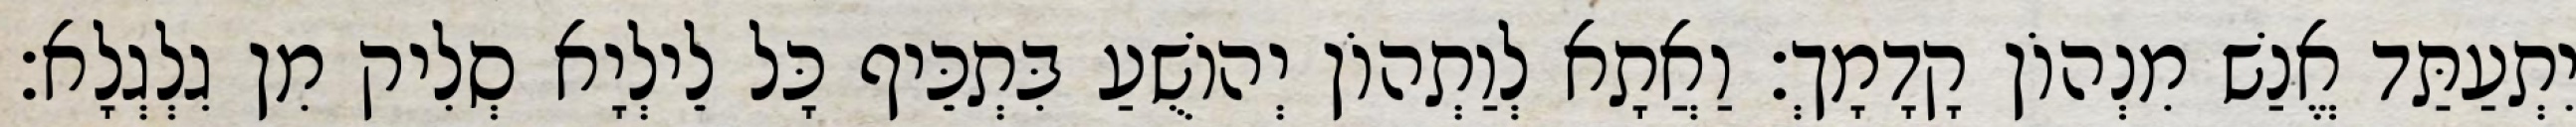
יִתְעַתַּד אֱנַשׁ מִנְהוֹן קָדָמָךְ׃ וַאֲתָא לְוַתְהוֹן יְהוֹשֻׁעַ בִּתְכֵּיף כָּל לֵילְיָא סְלִיק מִן גִלְגְלָא׃